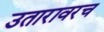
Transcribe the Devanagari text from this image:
उतारावरच